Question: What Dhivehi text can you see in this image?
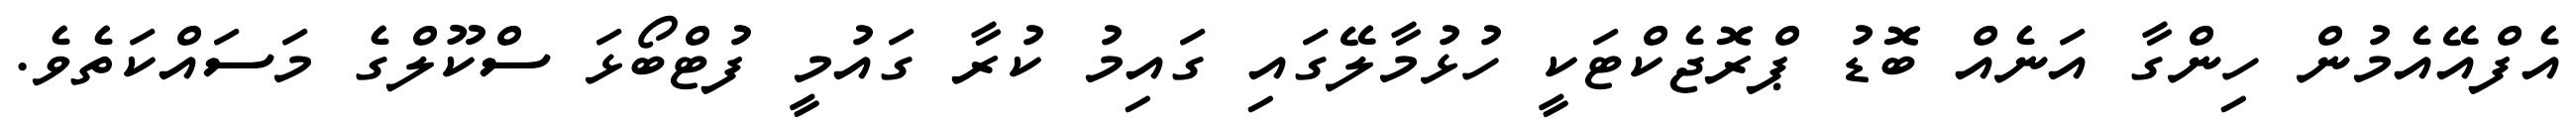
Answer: އެފްއޭއެމުން ހިންގާ އަނެއް ބޮޑު ޕްރޮޖެކްޓަކީ ހުޅުމާލޭގައި ގައިމު ކުރާ ގައުމީ ފުޓްބޯޅަ ސްކޫލްގެ މަސައްކަތެވެ.